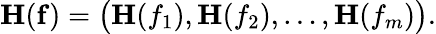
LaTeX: \mathbf{H}(\mathbf{f})={\big(}\mathbf{H}(f_{1}),\mathbf{H}(f_{2}),\dots,\mathbf{H}(f_{m}){\big)}.